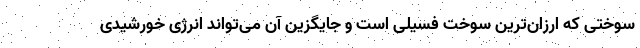
سوختی که ارزان‌ترین سوخت فسیلی است و جایگزین آن می‌تواند انرژی خورشیدی